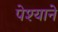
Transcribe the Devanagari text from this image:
पेश्याने